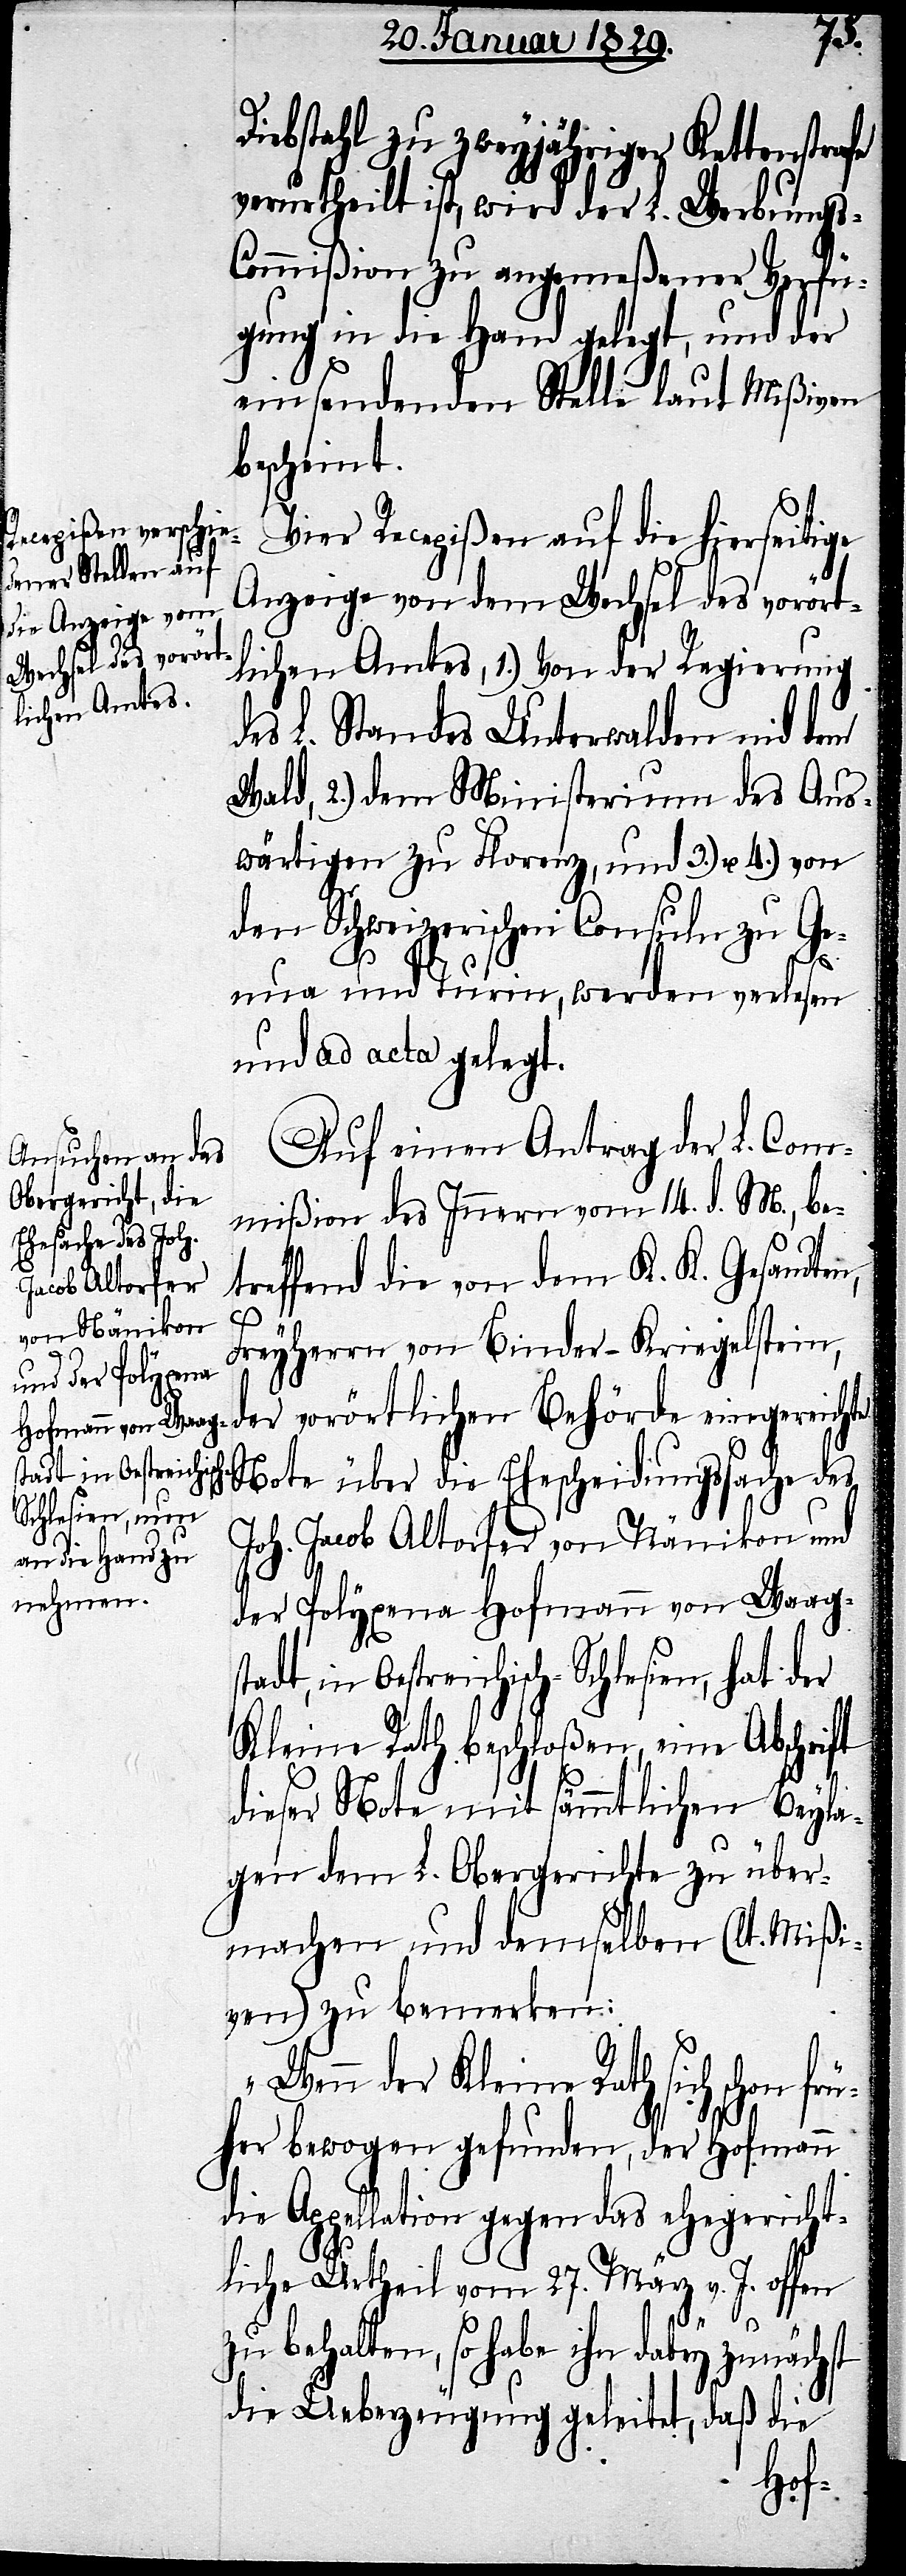
Diebstahl zu zweyjähriger Kettenstrafe
verurtheilt ist, wird der L. Werbungs-C¬
ommißion zu angemeßener Verfü¬
gung in die Hand gelegt, und der
einsendenden Stelle laut Mißiven
bescheint.
Vier Recepißen auf die hierseitige
Anzeige von dem Wechsel des vorört¬
lichen Amtes, 1.) Von der Regierung
des L. Standes Unterwalden nid dem
Wald, 2.) dem Ministerium des Aus¬
wärtigen zu Florenz, und 3.) u. 4.) von
den Schweizerischen Consuln zu Ge¬
nua und Turin, werden verlesen
und ad acta gelegt.
Auf einen Antrag der L. Com¬
mißion des Innern vom 14. d. M., be¬
treffend die von dem K. K. Gesandten,
Freyherrn von Binder-Kriegelstei¬
n, der vorörtlichen Behörde eingereichte
stadt, in Oestreich¬
Note über die Ehescheidungssache des
Joh. Jacob Altorfer von Nänikon und
der Polyxena Hofmann von Waag¬
isch-Schlesien, hat der
Kleine Rath beschloßen, eine Abschrift
dieser Note mit sämmtlichen Beyla¬
gen dem L. Obergerichte zu über¬
machen und demselben (lt. Mißi¬
ven) zu bemerken:
„Wenn der Kleine Rath sich schon
her bewogen gefunden, der Hofmann
die Appellation gegen das ehegericht¬
liche Urtheil vom 27. März v. M. offen
zu behalten, so habe ihn dabey zunächst
die Ueberzeugung geleitet, daß die
frü¬